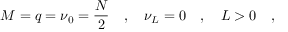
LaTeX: M = q = \nu _ { 0 } = \frac { N } { 2 } \quad , \quad \nu _ { L } = 0 \quad , \quad L > 0 \quad ,